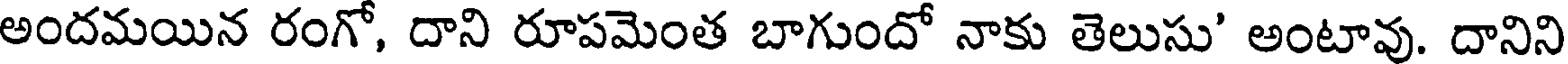
అందమయిన రంగో, దాని రూపమెంత బాగుందో నాకు తెలుసు' అంటావు. దానిని